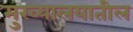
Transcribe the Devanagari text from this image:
मुख्यालयातील